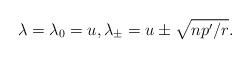
LaTeX: \begin{align*}\lambda=\lambda_0=u,\lambda_\pm=u\pm\sqrt{np'/r}.\end{align*}